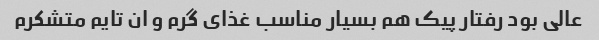
عالی بود رفتار پیک هم بسیار مناسب غذای گرم و ان تایم متشکرم